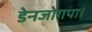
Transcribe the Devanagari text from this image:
डेनजोगपा।